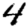
Digit: 4